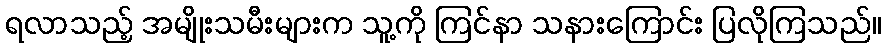
ရလာသည့် အမျိုးသမီးများက သူ့ကို ကြင်နာ သနားကြောင်း ပြလိုကြသည်။